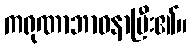
ကရုဏာဘာဝနာပြီး၏။